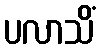
ပလာသိံ